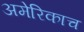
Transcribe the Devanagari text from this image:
अमेरिकाच